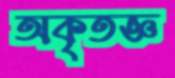
অকৃতজ্ঞ